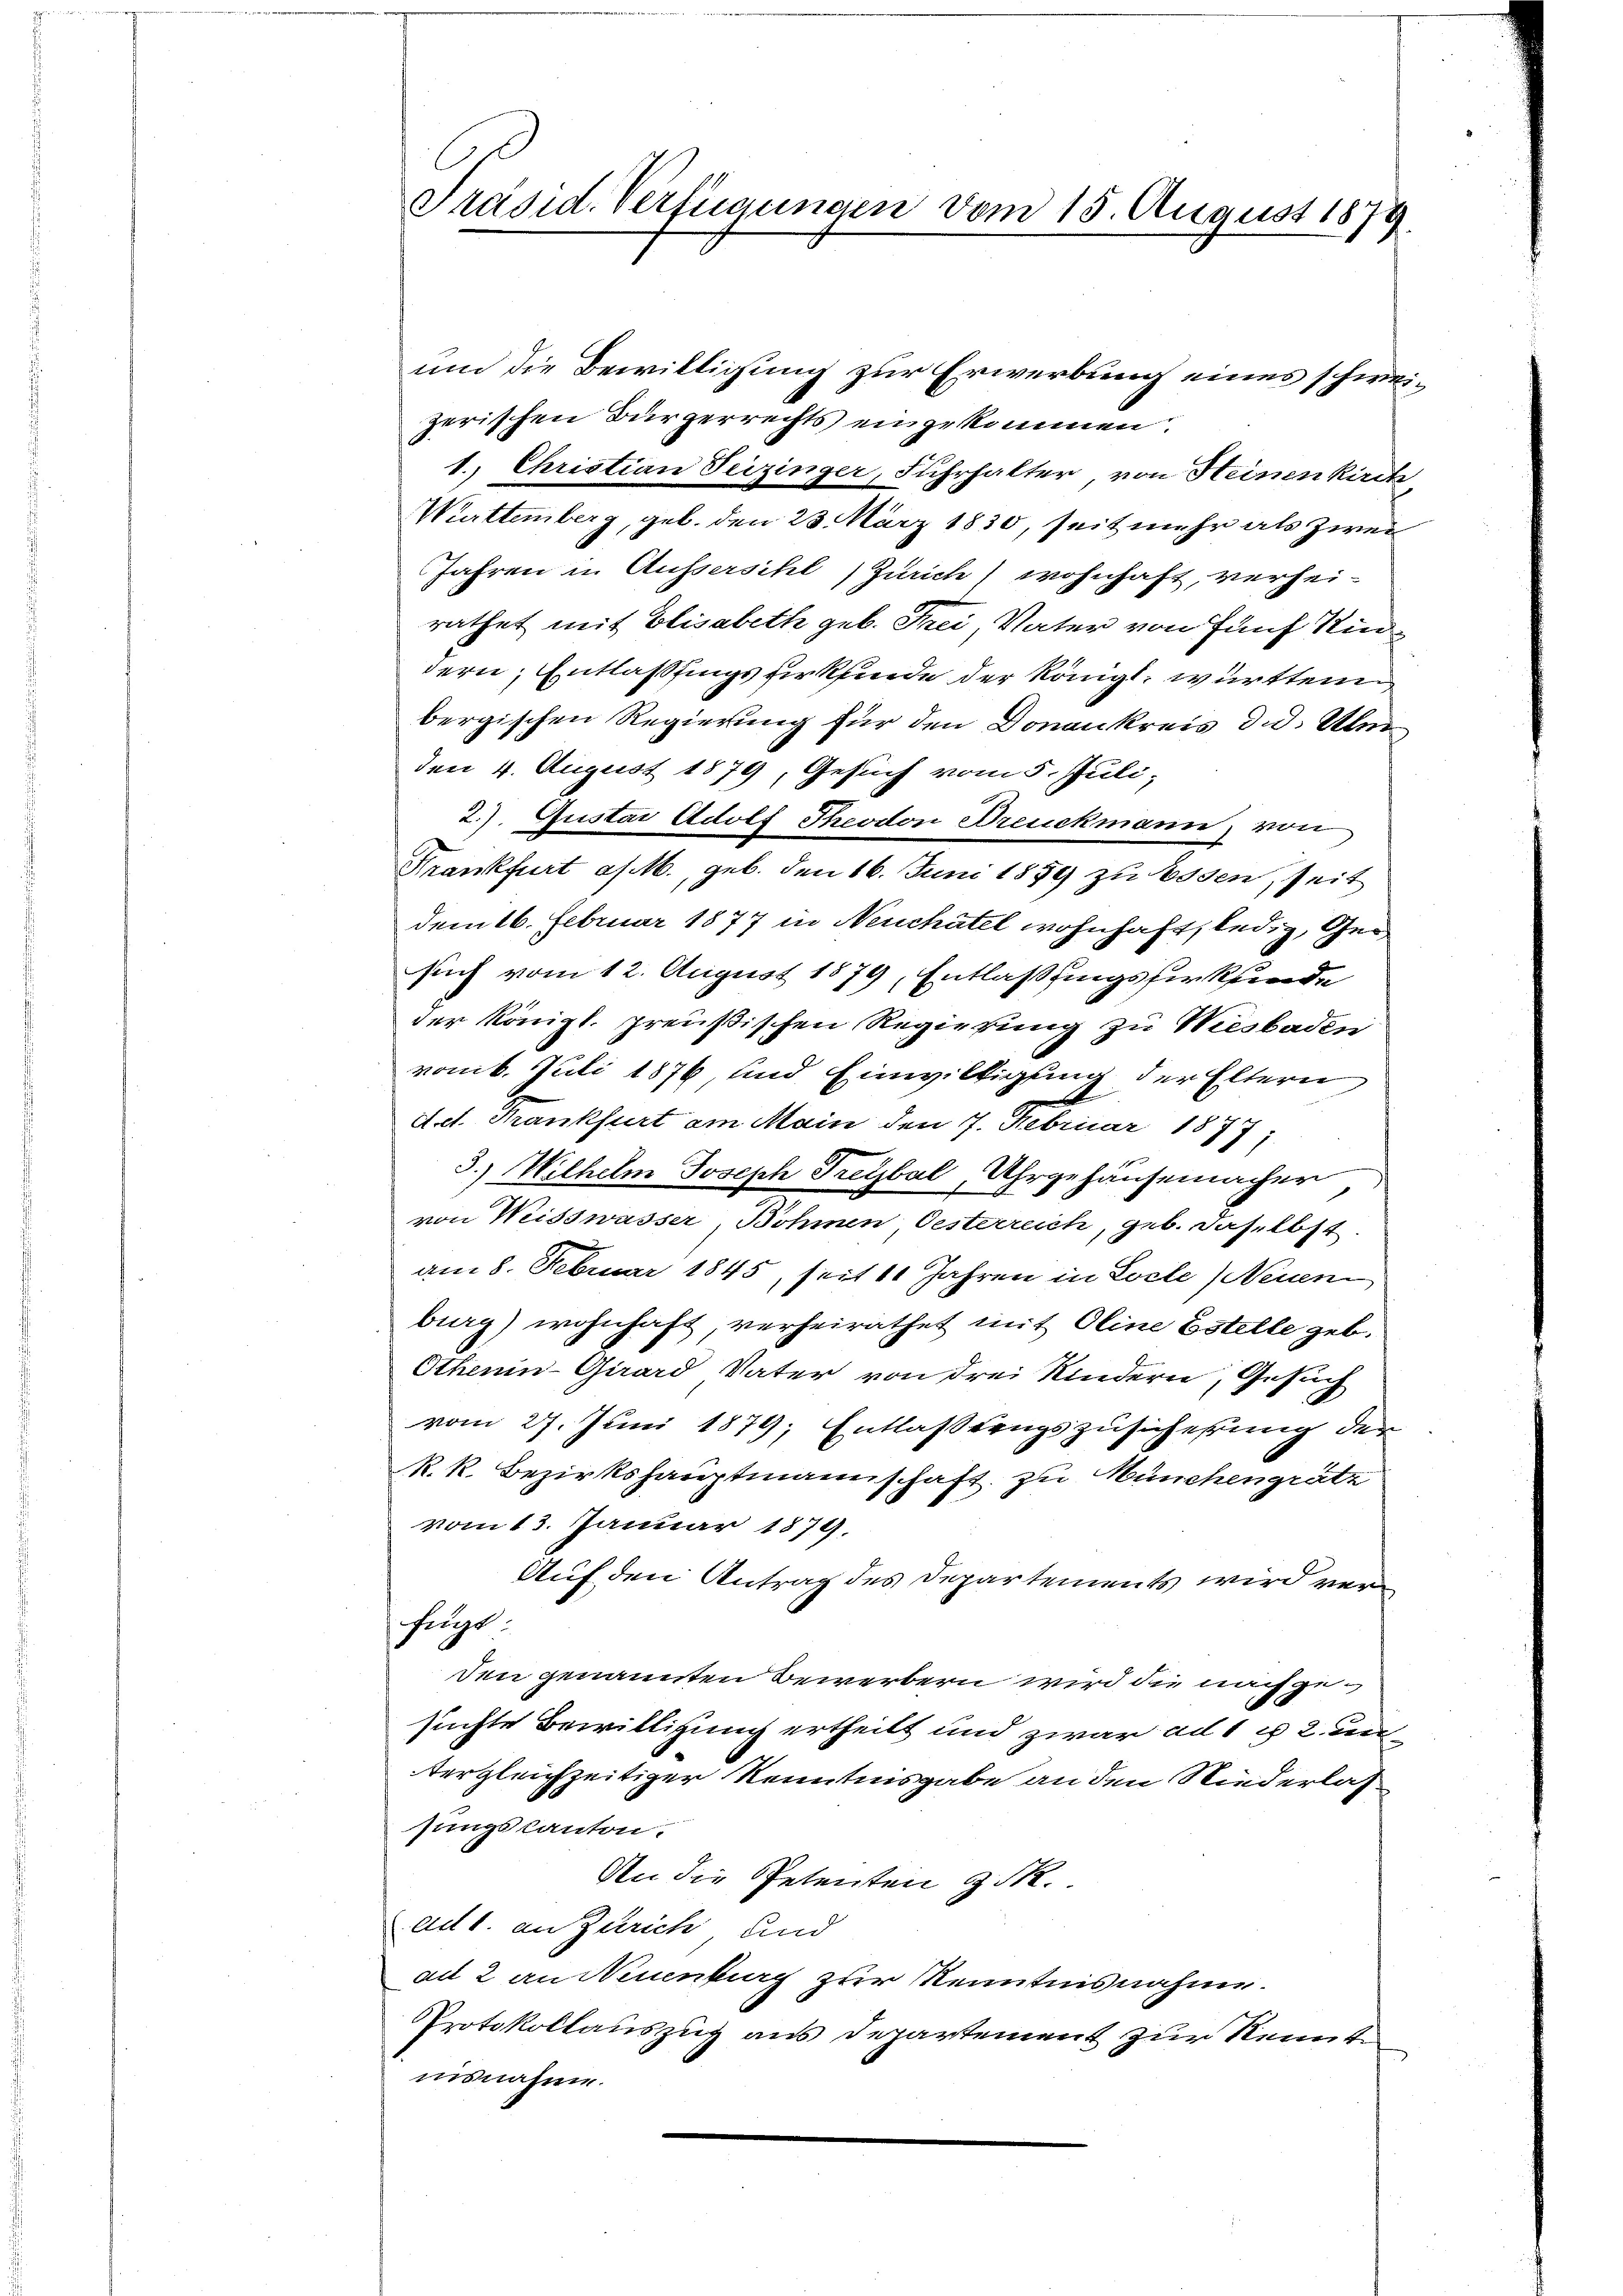
Präsid. Verfügungen vom 15. August 1879.

um die Bewilligung zur Erwerbung eines schweizerischen Bürgerrechts eingekommen.
1. Christian Seizinger, Fuhrhalter von Heinen kirc
Württemberg, geb. den 23. März 1830, seit mehr als zwei
Jahren in Aussersihl, Zürich) wohnhaft, verhei-
rathet mit Elisabeth geb. Frei Vater von fünf Kin
dern, Entlassungsfirkfinde der Königl. württem
bergischen Regierung für den Donankreis d.d. Uber
den 4. August 1879, Gesuch vom 5. Juli,
2.). Gustav Adolf Theodon Dreuckmann, von
Frankfurt a/M., geb. den 16. Juni 1859 zu Essen, seit
dem 16. Februar 1877 in Neuchatel wohnhaft, ledig, Gesuch vom 12. August 1879, Entlaßungsfürkunde
der Königl. preußischen Regierung zu Wiesbaden
vom 6. Juli 1876, und Einwilligung der Eltern
Act. Frankfurt am Main den 7. Februar 1877
3.) Wilhelm Joseph Freybal, Uhrgehausemachen
von Weisswasser, Böhmen, Oesterreich, geb. daselbst
am 8. Februar 1845, seit 11 Jahren in Locle, Neuen
burg) wohnhaft, verheirathet mit Oline Estelle geb.
Othenin-Girard Vater von drei Kindern, Gesuch
vom 27. Juni 1879; Entlastungszusicherung der
R. k. Bezirkshauptmannschaft zu Münchengrätz
vom 13. Januar 1879.
Auf den Antrag des Departements wird verfügt:
den genannten Bewerbern wird die nachgesuchte Bewilligung ertheilt und zwar ad 1 u 2. un
tergleichzeitiger Kenntnisgabe an den Niederlas
sungskanton.
An die Petenten z. R.
ad 1. an Zürich und
ad 2 an Neuenburg zur Kenntnisnahme.
Protokollauszug aus Departement zur Kennten
nisnahme.